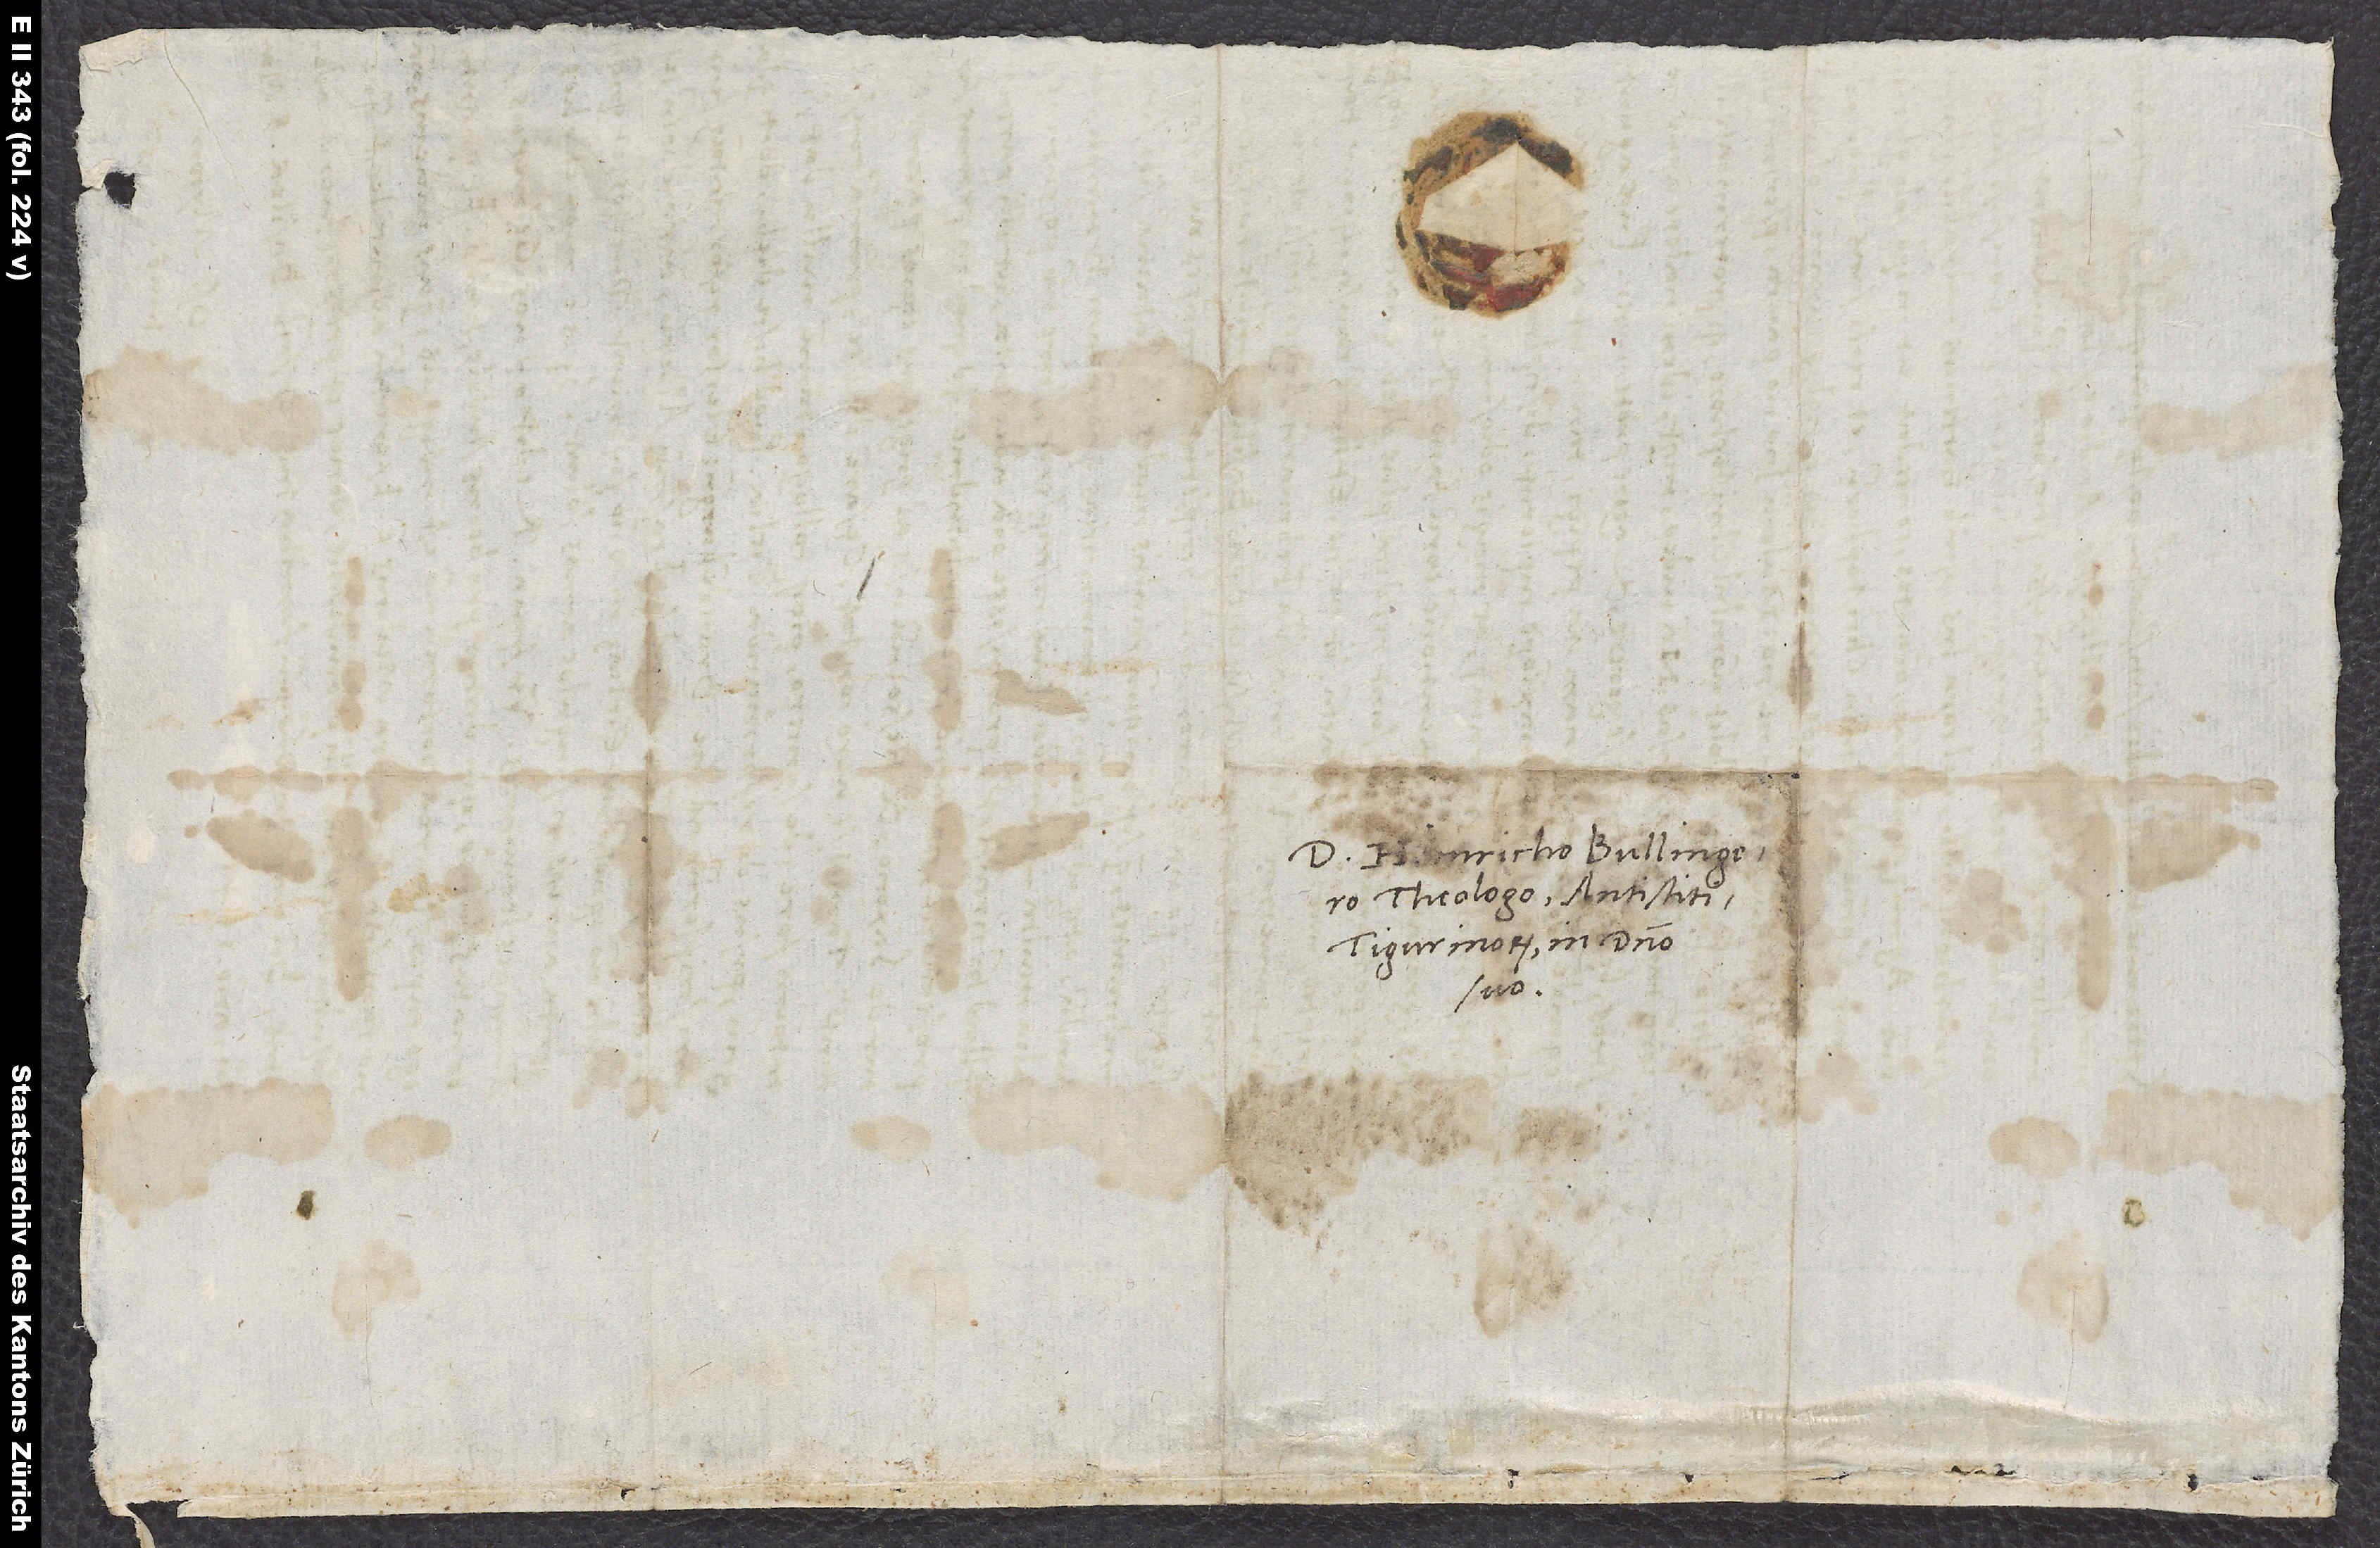
Domino Heinricho Bullingero,
theologo, antistiti
Tigurinorum, in domino
suo.